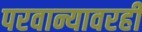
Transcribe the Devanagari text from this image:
परवान्यावरही